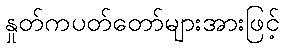
နှုတ်ကပတ်တော်များအားဖြင့်